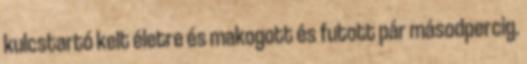
kulcstartó kelt életre és makogott és futott pár másodpercig.